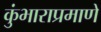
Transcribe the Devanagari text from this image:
कुंभाराप्रमाणे